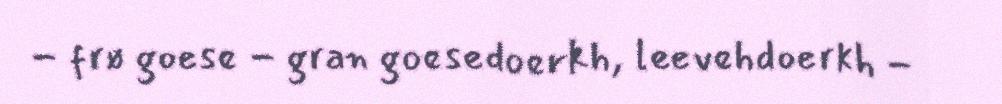
- frø goese - gran goesedoerkh, leevehdoerkh -